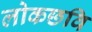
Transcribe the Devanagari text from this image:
लोकछवि